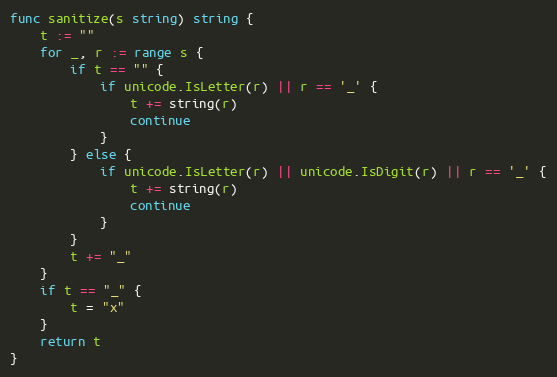
Language: Go
func sanitize(s string) string {
	t := ""
	for _, r := range s {
		if t == "" {
			if unicode.IsLetter(r) || r == '_' {
				t += string(r)
				continue
			}
		} else {
			if unicode.IsLetter(r) || unicode.IsDigit(r) || r == '_' {
				t += string(r)
				continue
			}
		}
		t += "_"
	}
	if t == "_" {
		t = "x"
	}
	return t
}